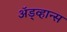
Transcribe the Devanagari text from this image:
ॲड्व्हान्स